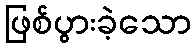
ဖြစ်ပွားခဲ့သော